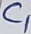
Text: C1